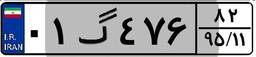
۰۱گ۴۷۶۸۲